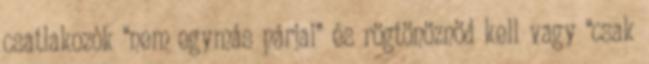
csatlakozók “nem egymás párjai” és rögtönöznöd kell vagy “csak